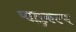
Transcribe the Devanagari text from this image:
धातुकल्प